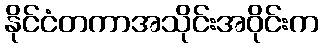
နိုင်ငံတကာအသိုင်းအဝိုင်းက